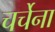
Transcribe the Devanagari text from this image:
चर्चेना